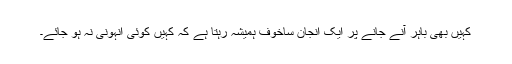
کہیں بھی باہر آنے جانے پر ایک انجان ساخوف ہمیشہ رہتا ہے کہ کہیں کوئی انہونی نہ ہو جائے۔